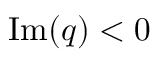
{ \mathrm { I m } } ( q ) < 0